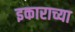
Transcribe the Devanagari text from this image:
इकाराच्या